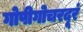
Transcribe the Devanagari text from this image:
गोपीगोचरदूरं